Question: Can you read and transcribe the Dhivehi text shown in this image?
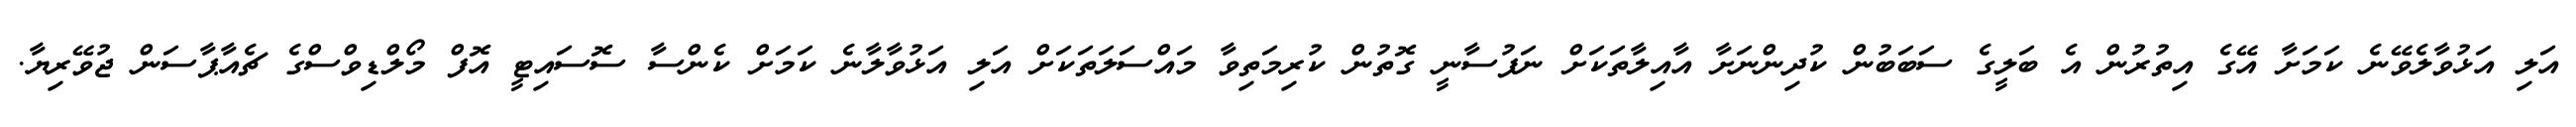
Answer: އަލި އަޅުވާލެވޭނެ ކަމަށާ އޭގެ އިތުރުން އެ ބަލީގެ ސަބަބުން ކުދިންނަށާ އާއިލާތަކަށް ނަފުސާނީ ގޮތުން ކުރިމަތިވާ މައްސަލަތަކަށް އަލި އަޅުވާލާނެ ކަމަށް ކެންސާ ސޮސައިޓީ އޮފް މޯލްޑިވްސްގެ ޗެއާޕާސަން ޖުވޭރިޔާ.